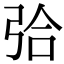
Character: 㢵